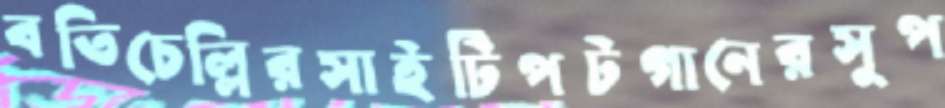
বতিচেল্লিরসাইটিপটগানেরসুপ